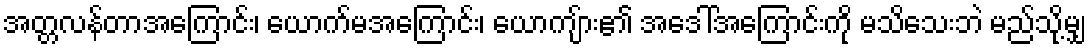
အတ္တလန်တာအကြောင်း၊ ယောက်မအကြောင်း၊ ယောကျ်ား၏ အဒေါ်အကြောင်းကို မသိသေးဘဲ မည်သို့မျှ